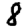
Digit: 8